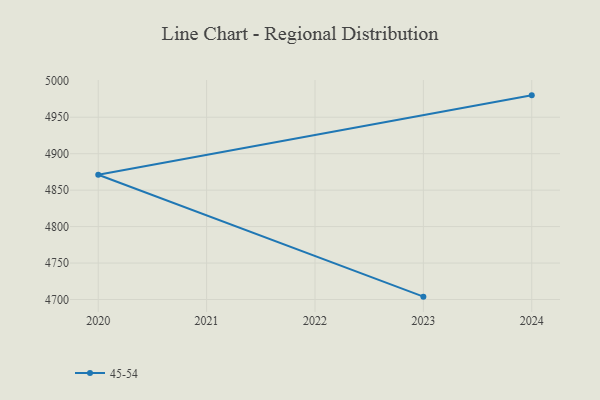
{"axis": {"x": "Year", "y": "Temperature (°C)"}, "legend": ["45-54"], "data": [{"x": "2023", "y": 4703.9, "type": "45-54"}, {"x": "2020", "y": 4871.1, "type": "45-54"}, {"x": "2024", "y": 4980.0, "type": "45-54"}]}